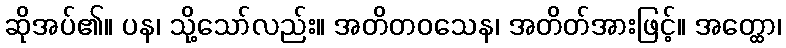
ဆိုအပ်၏။ ပန၊ သို့သော်လည်း။ အတိတဝသေန၊ အတိတ်အားဖြင့်။ အတ္ထော၊